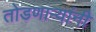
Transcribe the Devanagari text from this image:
तोडणार्‍यांनी